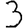
Digit: 3